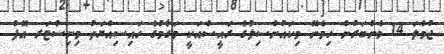
ޖުމްލަ 14 މެންބަރުން ހިމެނޭ މިކައުންސިލްގެ ރައީސްއަކީ މަގާމުގެ ހައިސިއްޔަތު މިނިސްޓަރ އޮފް